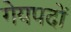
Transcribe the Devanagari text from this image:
गेयपदों